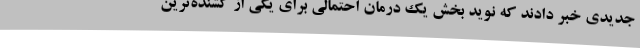
جدیدی خبر دادند که نوید بخش یک درمان احتمالی برای یکی از کشنده‌ترین